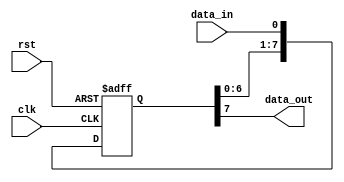
module shift_register(
    input wire clk,
    input wire rst,
    input wire data_in,
    output wire data_out
);

parameter WIDTH = 8; // change this value to adjust the size of the shift register
reg [WIDTH-1:0] reg_data;

always @(posedge clk or posedge rst) begin
    if(rst) begin
        reg_data <= 0;
    end else begin
        reg_data <= {reg_data[WIDTH-2:0], data_in};
    end
end

assign data_out = reg_data[WIDTH-1];

endmodule